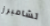
تشامبرز